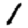
Digit: 1